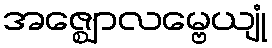
အဇ္ဈောလမ္ဗေယျုံ